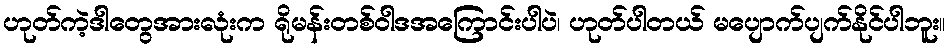
ဟုတ်ကဲ့ဒါတွေအားလုံးက ရိုမန်းတစ်ဝါဒအကြောင်းပါပဲ၊ ဟုတ်ပါတယ် မပျောက်ပျက်နိုင်ပါဘူး။